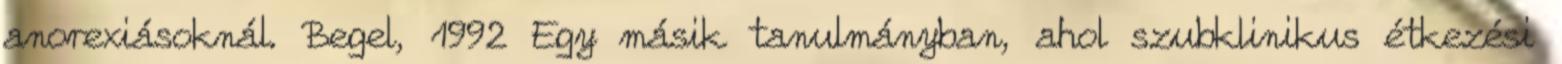
anorexiásoknál. Begel, 1992 Egy másik tanulmányban, ahol szubklinikus étkezési